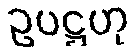
ဥပဋ္ဌဟု